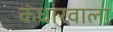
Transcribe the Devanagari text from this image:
कंधारवाला